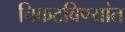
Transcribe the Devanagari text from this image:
चिकटविण्यांत